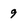
Character: 9